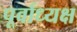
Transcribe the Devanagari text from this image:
पूर्वाध्यक्ष